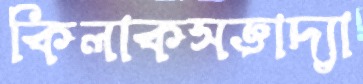
কিলাকসজ্ঞাদ্যা